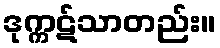
ဒုက္ကဋ်သာတည်း။